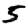
Digit: 5